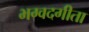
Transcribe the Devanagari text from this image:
भग्वदगीता